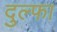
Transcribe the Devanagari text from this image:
दुल्‍फा